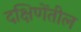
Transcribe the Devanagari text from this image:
दक्षिणेंतील